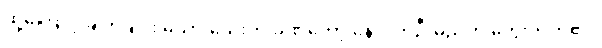
ထို့ကြောင့် ချက်ချင်း မသွားသေးဘဲ ခဏတော့ နေလိုက်ဦးမည်ဟု တွေးလိုက်၏။